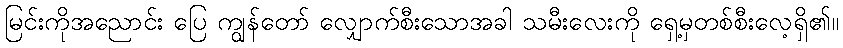
မြင်းကိုအညောင်း ပြေ ကျွန်တော် လျှောက်စီးသောအခါ သမီးလေးကို ရှေ့မှတစ်စီးလေ့ရှိ၏။